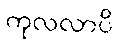
ကုလလာပိ